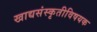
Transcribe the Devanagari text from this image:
खाद्यसंस्कृतीविषयक